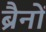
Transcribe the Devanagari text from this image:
ब्रैनों